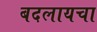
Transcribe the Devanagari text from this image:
बदलायचा